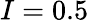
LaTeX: I=0.5